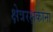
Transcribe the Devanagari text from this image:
क्षेत्ररक्षकांना